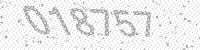
Solution: 018757